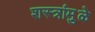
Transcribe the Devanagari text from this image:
शस्त्रांमु़ळे